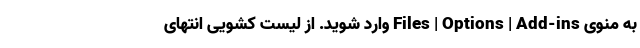
به منوی Files | Options | Add-ins وارد شوید. از لیست کشویی انتهای